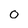
Character: O